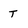
Character: T